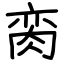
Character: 脔